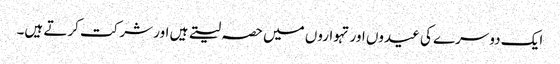
ایک دوسرے کی عیدوں اور تہواروں میں حصہ لیتے ہیں اور شرکت کرتے ہیں۔